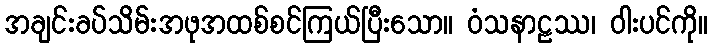
အချင်းခပ်သိမ်းအဖုအထစ်စင်ကြယ်ပြီးသော။ ဝံသနာဠဿ၊ ဝါးပင်ကို။